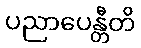
ပညာပေန္တီတိ